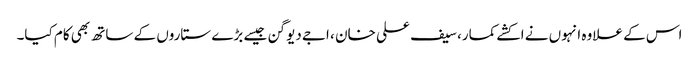
اس کے علاوہ انہوں نے اکشے کمار، سیف علی خان ، اجے دیوگن جیسے بڑے ستاروں کے ساتھ بھی کام کیا۔